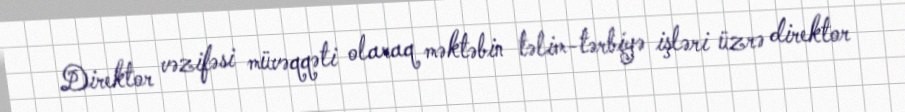
Direktor vəzifəsi müvəqqəti olaraq məktəbin təlim-tərbiyə işləri üzrə direktor